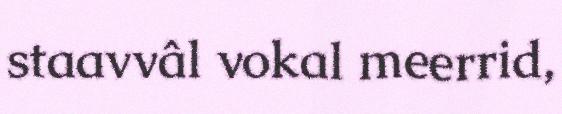
staavvâl vokal meerrid,